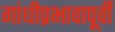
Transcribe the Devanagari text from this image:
गांधीप्रभावापूर्वी